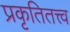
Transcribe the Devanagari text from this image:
प्रकृतितत्त्व